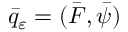
\bar { q } _ { \varepsilon } = ( \bar { \boldsymbol { F } } , \bar { \psi } )